65_HS1-834228961_62-HQ-83894_Section_8
Agency: FBI
Page 142
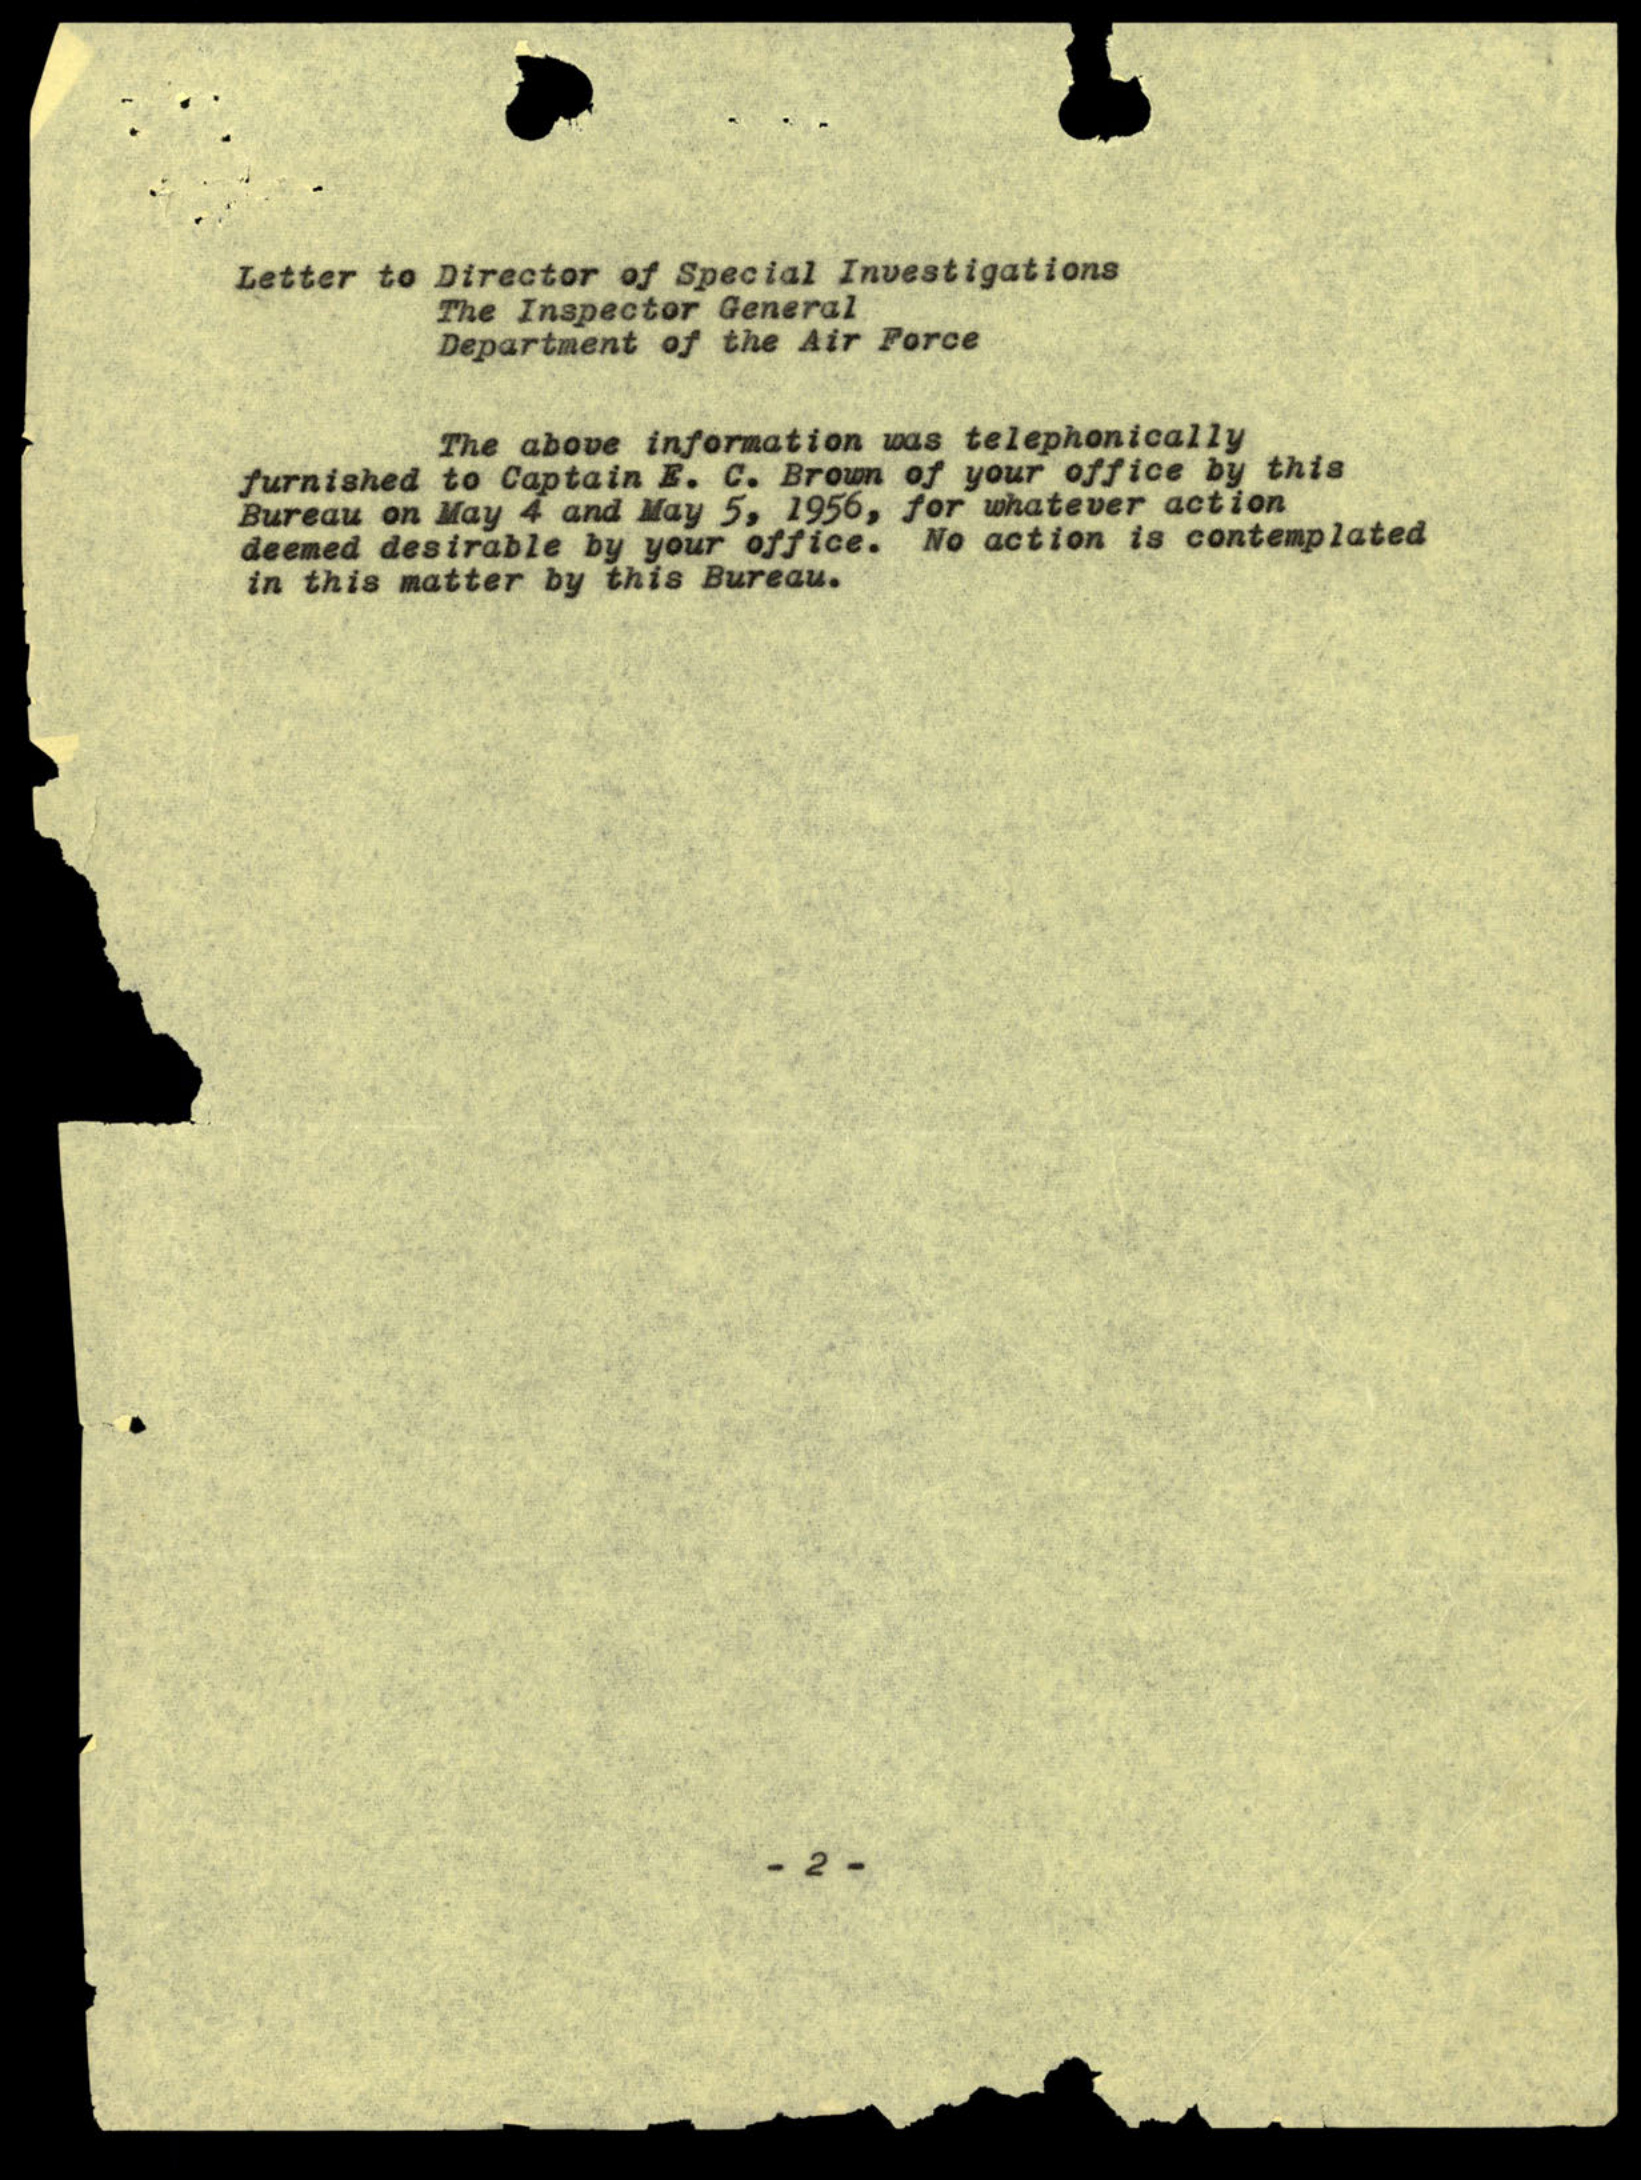